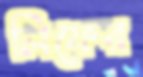
লিফের